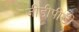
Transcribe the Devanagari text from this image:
जीडीपीडी